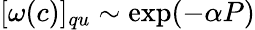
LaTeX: [\omega(c)]_{qu}\sim\exp(-\alpha P)